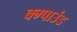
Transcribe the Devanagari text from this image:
क्म्पाउंड